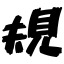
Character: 規